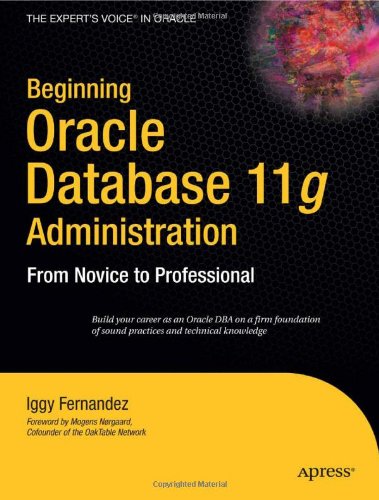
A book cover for Beginning Oracle Database 11g  Administration: From Novice to Professional (Expert's Voice in Oracle); Ignatius Fernandez; Computers & Technology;